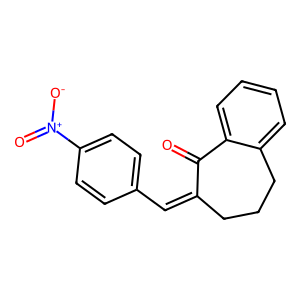
SMILES: O=C1C(=Cc2ccc([N+](=O)[O-])cc2)CCCc2ccccc21
Inhibits HIV replication: No